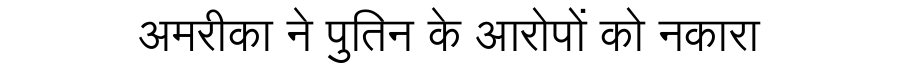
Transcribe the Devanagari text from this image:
अमरीका ने पुतिन के आरोपों को नकारा